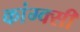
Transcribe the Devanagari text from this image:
कांग्क्सी